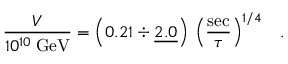
\frac { V } { 1 0 ^ { 1 0 } \: \mathrm { G e V } } = \left( 0 . 2 1 \div \underline { { { 2 . 0 } } } \right) \: \left( \frac { \mathrm { s e c } } { \tau } \right) ^ { 1 / 4 } \; \; \; .